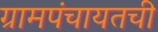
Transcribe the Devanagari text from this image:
ग्रामपंचायतची